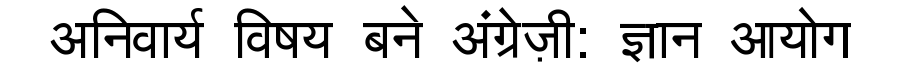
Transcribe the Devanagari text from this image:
अनिवार्य विषय बने अंग्रेज़ी: ज्ञान आयोग